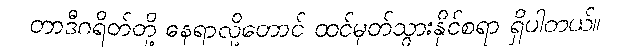
တာဒီဂရိတ်တို့ နေရာလို့တောင် ထင်မှတ်သွားနိုင်စရာ ရှိပါတယ်။